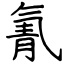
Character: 氰